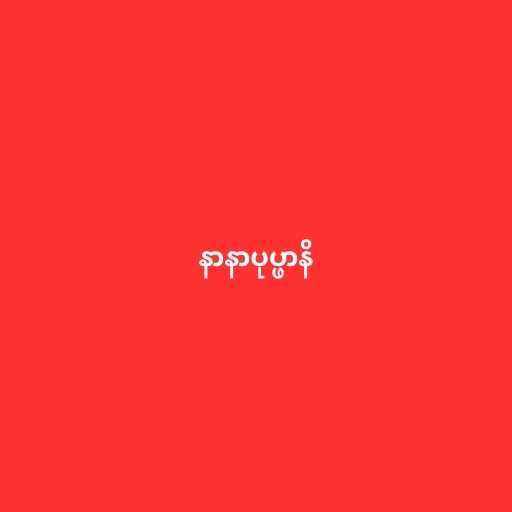
နာနာပုပ္ဖာနိ